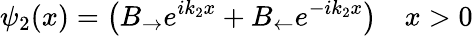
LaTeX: \psi_{2}(x)=\left(B_{\rightarrow}e^{ik_{2}x}+B_{\leftarrow}e^{-ik_{2}x}\right)\quad x>0